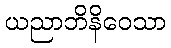
ယညာဘိနိဝေသာ